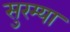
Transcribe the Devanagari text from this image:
सुरम्या